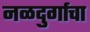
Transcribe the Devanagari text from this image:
नळदुर्गाचा